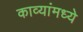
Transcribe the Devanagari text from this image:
काव्यांमध्ये